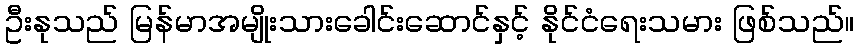
ဦးနုသည် မြန်မာအမျိုးသားခေါင်းဆောင်နှင့် နိုင်ငံရေးသမား ဖြစ်သည်။